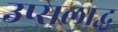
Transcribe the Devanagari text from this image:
उप्सलाद्ध